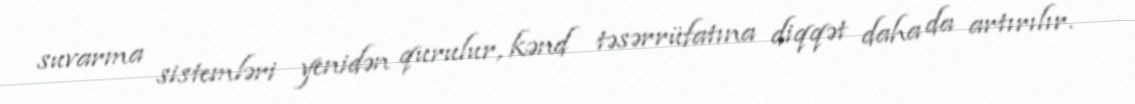
suvarma sistemləri yenidən qurulur, kənd təsərrüfatına diqqət daha da artırılır.